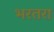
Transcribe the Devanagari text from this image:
भरतरा